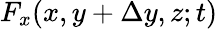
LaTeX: F_{x}(x,y+\Delta y,z;t)